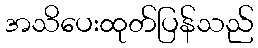
အသိပေးထုတ်ပြန်သည်